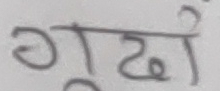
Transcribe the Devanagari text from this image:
गुढां